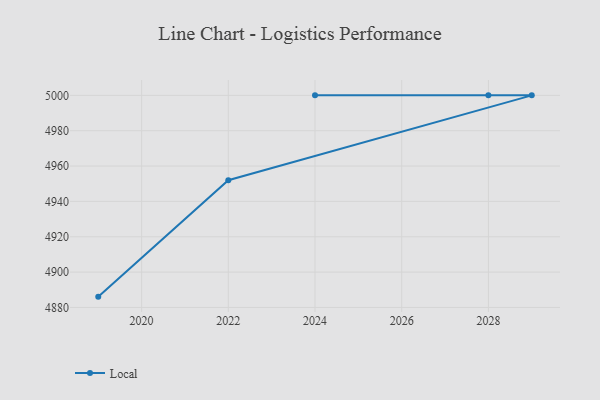
{"axis": {"x": "Year", "y": "Gross Profit (USD K)"}, "legend": ["Local"], "data": [{"x": "2019", "y": 4886.1, "type": "Local"}, {"x": "2022", "y": 4952.0, "type": "Local"}, {"x": "2029", "y": 5000, "type": "Local"}, {"x": "2028", "y": 5000, "type": "Local"}, {"x": "2024", "y": 5000, "type": "Local"}]}